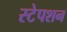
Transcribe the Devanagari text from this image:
स्‍टेपशन